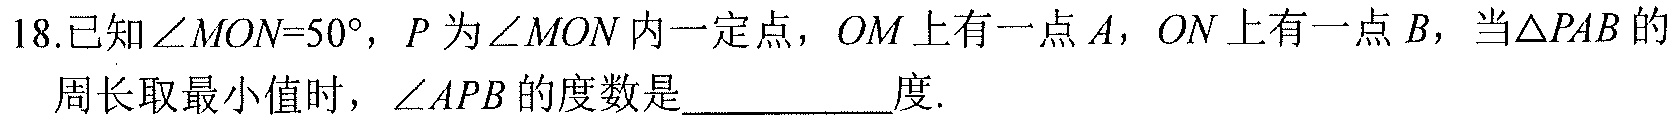
18.已知\(\angle MON = 50^{\circ}\)，\(P\)为\(\angle MON\)内一定点，\(OM\)上有一点\(A\)，\(ON\)上有一点\(B\)，当\(\triangle PAB\)的周长取最小值时，\(\angle APB\)的度数是__________度.